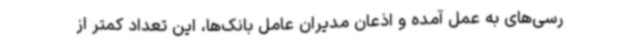
رسی‌های به عمل آمده و اذعان مدیران عامل بانک‌ها، این تعداد کمتر از